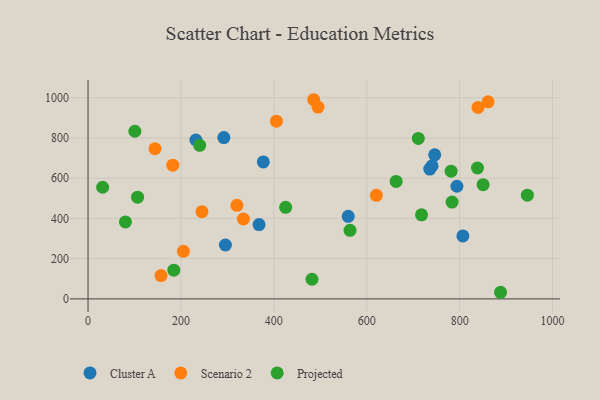
{"axis": {"x": "Price", "y": "Profit"}, "legend": ["Cluster A", "Projected", "Scenario 2"], "data": [{"x": "735.7", "y": 645.1, "type": "Cluster A"}, {"x": "746.3", "y": 716.0, "type": "Cluster A"}, {"x": "377.3", "y": 680.8, "type": "Cluster A"}, {"x": "794.1", "y": 559.8, "type": "Cluster A"}, {"x": "368.1", "y": 369.6, "type": "Cluster A"}, {"x": "807.0", "y": 312.8, "type": "Cluster A"}, {"x": "560.1", "y": 410.2, "type": "Cluster A"}, {"x": "295.7", "y": 267.8, "type": "Cluster A"}, {"x": "292.4", "y": 801.8, "type": "Cluster A"}, {"x": "232.2", "y": 789.7, "type": "Cluster A"}, {"x": "740.6", "y": 660.7, "type": "Cluster A"}, {"x": "334.4", "y": 397.1, "type": "Scenario 2"}, {"x": "320.5", "y": 464.9, "type": "Scenario 2"}, {"x": "620.7", "y": 514.8, "type": "Scenario 2"}, {"x": "182.5", "y": 664.5, "type": "Scenario 2"}, {"x": "245.2", "y": 433.4, "type": "Scenario 2"}, {"x": "495.1", "y": 953.7, "type": "Scenario 2"}, {"x": "157.0", "y": 115.8, "type": "Scenario 2"}, {"x": "861.2", "y": 979.4, "type": "Scenario 2"}, {"x": "485.8", "y": 990.0, "type": "Scenario 2"}, {"x": "405.6", "y": 883.6, "type": "Scenario 2"}, {"x": "839.5", "y": 951.8, "type": "Scenario 2"}, {"x": "144.2", "y": 746.8, "type": "Scenario 2"}, {"x": "205.3", "y": 236.5, "type": "Scenario 2"}, {"x": "783.7", "y": 481.2, "type": "Projected"}, {"x": "240.3", "y": 763.2, "type": "Projected"}, {"x": "564.0", "y": 340.7, "type": "Projected"}, {"x": "482.1", "y": 97.7, "type": "Projected"}, {"x": "781.6", "y": 635.0, "type": "Projected"}, {"x": "106.6", "y": 505.6, "type": "Projected"}, {"x": "717.9", "y": 417.7, "type": "Projected"}, {"x": "31.4", "y": 555.0, "type": "Projected"}, {"x": "100.8", "y": 833.3, "type": "Projected"}, {"x": "838.4", "y": 650.7, "type": "Projected"}, {"x": "663.3", "y": 583.9, "type": "Projected"}, {"x": "711.0", "y": 797.7, "type": "Projected"}, {"x": "945.8", "y": 515.6, "type": "Projected"}, {"x": "184.7", "y": 143.0, "type": "Projected"}, {"x": "850.5", "y": 567.9, "type": "Projected"}, {"x": "425.4", "y": 455.0, "type": "Projected"}, {"x": "888.0", "y": 32.9, "type": "Projected"}, {"x": "80.5", "y": 382.5, "type": "Projected"}]}